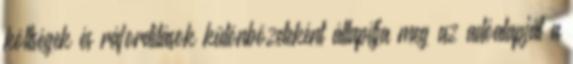
költségek és ráfordítások különbözeteként állapítja meg az adóalapját a